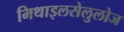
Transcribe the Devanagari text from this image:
मिथाइलसेलुलोज